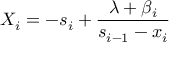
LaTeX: X _ { i } = - s _ { i } + \frac { \lambda + \beta _ { i } } { s _ { i - 1 } - x _ { i } } \,